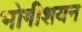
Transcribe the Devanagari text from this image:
भोगीशयन